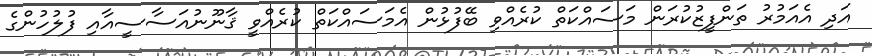
އަދި އެއަމުރު ތަންފީޒުކުރަން މަސައްކަތް ކުރެއްވި ބޭފުޅުން އެމަސައްކަތް ކުރެއްވީ ޤާނޫނުއަސާސީއާއި ފުލުހުންގެ